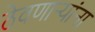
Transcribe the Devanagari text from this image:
ठेवणाऱ्यांना